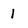
Character: 1